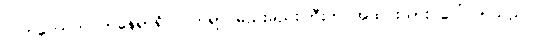
လက်ကောက်ဝတ်နေရာရှိ လက်ရာ မည်းမည်းကြီးက အထင်းသား ပေါ်လာသည်။